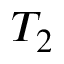
T _ { 2 }